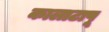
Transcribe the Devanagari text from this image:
कालाटापू